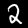
Digit: 2